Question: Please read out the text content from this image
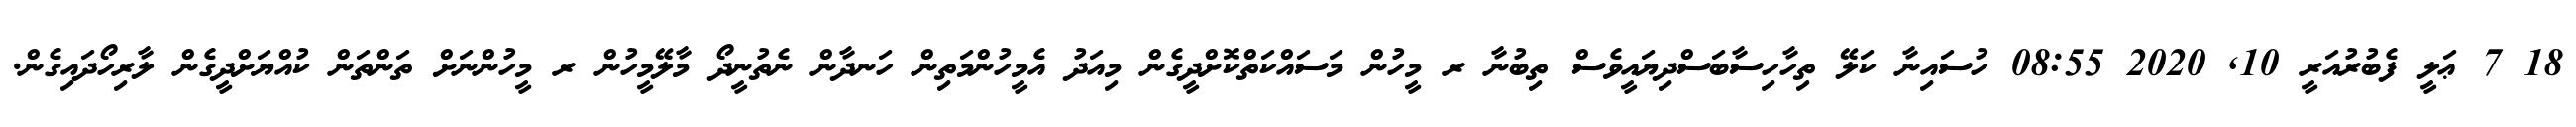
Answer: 18 7 ޢަލީ ފެބުރުއަރީ 10, 2020 08:55 ހުސައިނާ ކަލޭ ތިހާހިސާބަސްދިޔައީވެސް ތިބުނާ ރ މީހުން މަސައްކަތްކޮށްދީގެން މިއަދު އެމީހުންމަތިން ހަނދާން ނެތުނީދޯ މާލޭމީހުން ރ މީހުންނަށް ތަންތަން ކުއްޔަށްދީގެން ލާރިހޯދައިގެން.